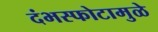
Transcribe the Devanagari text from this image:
दंभस्फोटामुळे